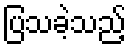
ပြသခဲ့သည့်